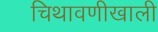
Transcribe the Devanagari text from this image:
चिथावणीखाली